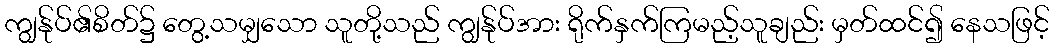
ကျွန်ုပ်၏စိတ်၌ တွေ့သမျှသော သူတို့သည် ကျွန်ုပ်အား ရိုက်နှက်ကြမည့်သူချည်း မှတ်ထင်၍ နေသဖြင့်